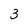
Character: 3